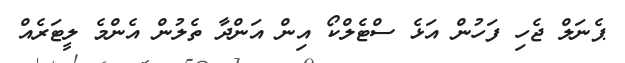
ޕެނަލް ޖެހި ފަހުން އަޅެ ސްޓެލްކޯ އިން އަންދާ ތެލުން އެންމެ ލީޓަރެއް